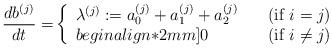
LaTeX: \begin{align*}\frac{db^{(j)}}{dt}=&\left\{ \begin{array}{ll} \lambda^{(j)}:=a_0^{(j)}+a_1^{(j)}+a_2^{(j)} \quad& (\mbox{{\rm if} $i=j$})\\begin{align*}2mm]0&(\mbox{{\rm if} $i\neq j$})\end{array}\right.\end{align*}